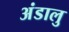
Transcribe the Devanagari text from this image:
अंडालु